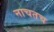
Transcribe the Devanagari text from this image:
नाचतच